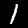
Digit: 1